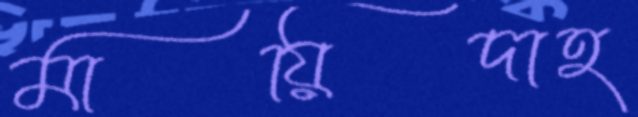
মায়িদাহ